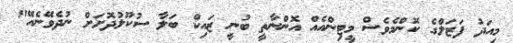
މިއަދު ފަޒަލްގެ ކޮންމެވެސް މީޓިންއެއް އޮންނާތީ ބުނީ ޒައިކް ބަލާ ސުކޫލުދޮށަށް ނުދެވޭނެއޭ"